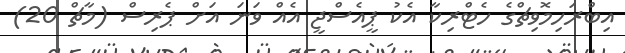
އިބްރަހިމޮވިޗްގެ ހެޓްރިކާ އެކު ޕީއެސްޖީ އެއް ވަނަ އަށް ޕެރިސް (މާޗް 20)